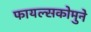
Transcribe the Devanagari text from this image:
फायल्सकोमुने